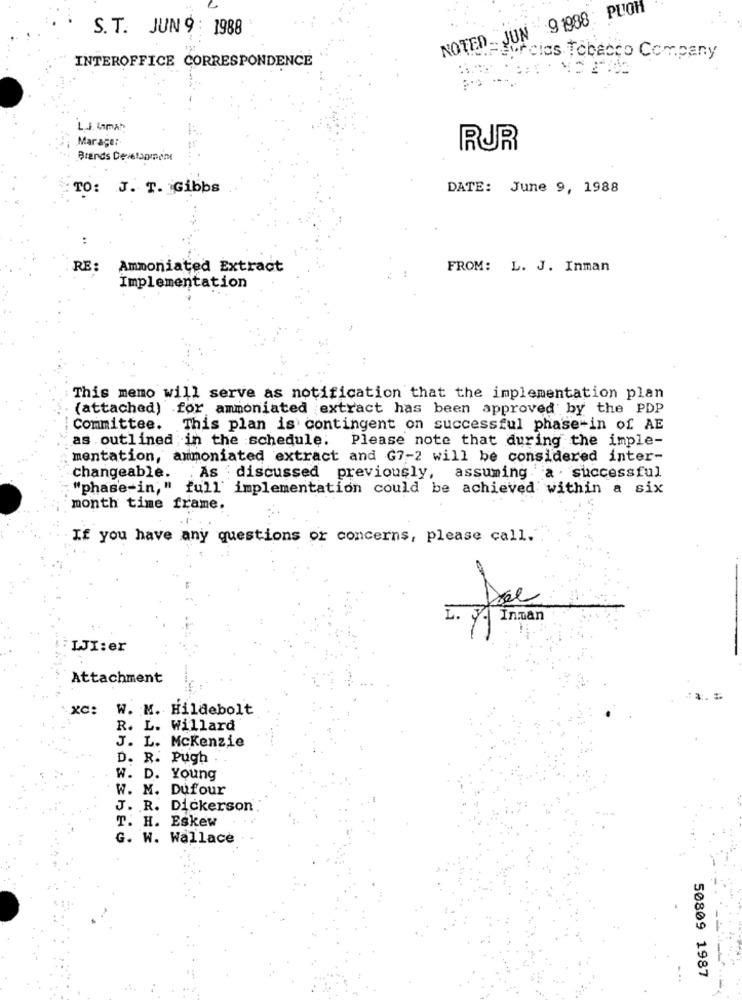
NOTED_ JUN 91988: PUOH
S.T. JUN 9 : 1988
INTEROFFICE CORRESPONDENCE
raporcies Tobacco Company
L.J. Imah
Mar age:
RUR
Brands Development
: TO: J. T. Gibbs
DATE: June 9, 1988
RE:
Ammoniated Extract
FROM: L. J. Inman
Implementation
This memo will serve as notification that the implementation plan
(attached) for ammoniated extract has been approved by the PDP
-
Committee. This plan is contingent on successful phase-in of AE
as outlined in the schedule. Please note that during the imple-
mentation, ammoniated extract and G7-2 will be considered inter-
changeable.
As discussed previously, assuming a . successful
"phase-in," full' implementation could be achieved within a six
month time frame.
If you have any questions or concerns, please call.
L. J. Innan
LJI:er
Attachment
xC:
W. M. Hildebolt
R. L. Willard
J. L. Mckenzie
D. R.
Pugh
W. D.
Young
W. M.
Dufour
J. R. Dickerson
T. H. ESkew
G. W. Wallace
50809 1987